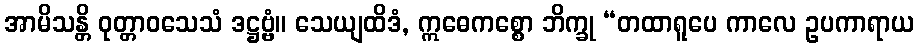
အာမိသန္တိ ဝုတ္တာဝသေသံ ဒဋ္ဌဗ္ဗံ။ သေယျထိဒံ, ဣဓေကစ္စော ဘိက္ခု “တထာရူပေ ကာလေ ဥပကာရာယ